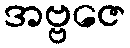
အဗ္ဗဇေ